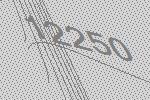
12250